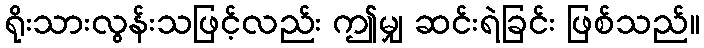
ရိုးသားလွန်းသဖြင့်လည်း ဤမျှ ဆင်းရဲခြင်း ဖြစ်သည်။